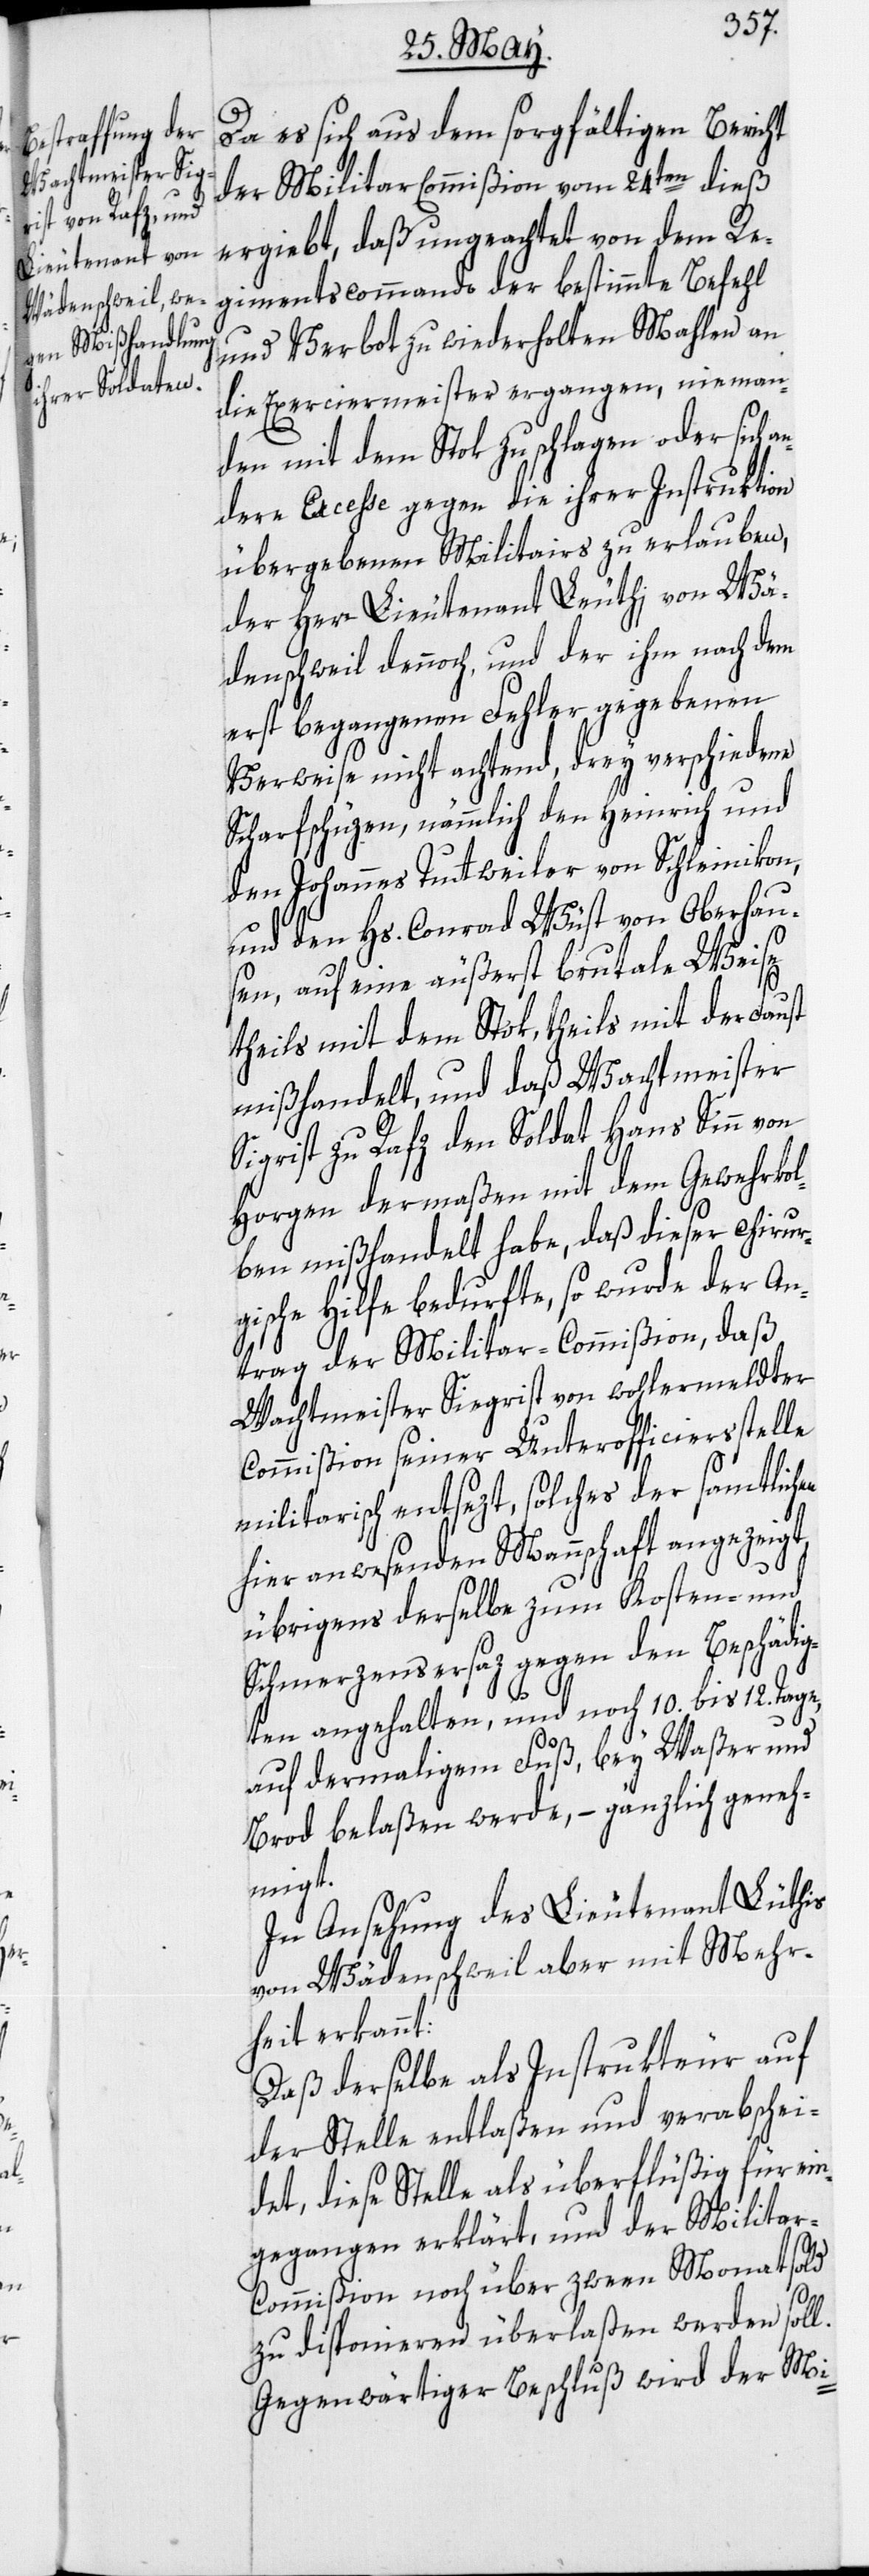
Wachtmeister Sie¬
verabschei¬

Da es sich aus dem sorgfältigen Bericht
der Militar[-]Commißion vom 24ten dieß
ergiebt, daß ungeachtet von dem Re¬
gimentscommando der bestimmte Befehl
und Verbot zu wiederholten Mahlen an
die Exerciermeister ergangen, nieman¬
den mit dem Stok zu schlagen oder sich
dere Excesse gegen die ihrer Instruktion
übergebenen Militairs zu erlauben,
der Herr Lieutenant Leuthi von Wä¬
denschweil dennoch, und der ihm nach dem
erst begangenen Fehler gegebenen
Verweise nicht achtend, drey verschiedene
Scharfschüzen, nämmlich den Heinrich und
den Johannes Tuttweiler von Schleinikon,
und den Hs. Conrad Wüst von Oberhau¬
sen, auf eine äußerst brutale Weise
theils mit dem Stok, theils mit der Faust
mißhandelt, und daß Wachtmeister
Sigrist zu Rafz den Soldat Hans Sinn von
Horgen dermaßen mit dem Gewehrkol¬
ben mißhandelt habe, daß dieser chirur¬
gische Hilfe bedurfte, so wurde der An¬
trag der Militar-Commißion, daß
Commißion seiner Unterofficiersstelle
militarisch entsezt, solches der samtlichen
hier anwesenden Mannschaft angezeigt,
übrigens derselbe zum Kosten- und
Schmerzensersaz gegen den Beschädig¬
ten angehalten, und noch 10. bis 12. Tage,
grist
auf dermaligem Fuß, bey Waßer und
Brod belaßen werde, – gänzlich geneh¬
migt.
In Ansehung des Lieutenant Lüthis
von Wädenschweil aber mit Mehr¬
heit erkannt:
Daß derselbe als Instrukteur auf
det, diese Stelle als überflüßig für ein¬
gegangen erklärt, und der Milita¬
r-Commißion noch über zween Monatsold
zu disponieren überlaßen werden soll.
Gegenwärtiger Beschluß wird der Mi-